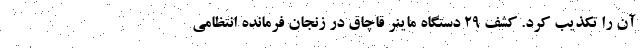
آن را تکذیب کرد. کشف 29 دستگاه ماینر قاچاق در زنجان فرمانده انتظامی